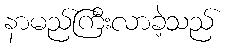
နာမည်ကြီးလာခဲ့သည်